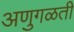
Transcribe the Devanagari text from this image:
अणुगळती